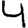
Digit: 4